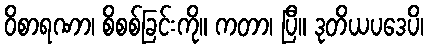
ဝိစာရဏာ၊ စိစစ်ခြင်းကို။ ကတာ၊ ပြီ။ ဒုတိယပဒေပိ၊